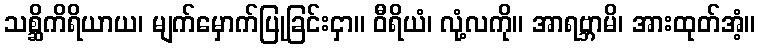
သစ္ဆိကိရိယာယ၊ မျက်မှောက်ပြုခြင်းငှာ။ ဝီရိယံ၊ လုံ့လကို။ အာရဗ္ဘာမိ၊ အားထုတ်အံ့။